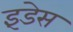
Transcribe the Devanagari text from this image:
इंडेस